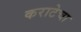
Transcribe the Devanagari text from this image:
कराटेचा